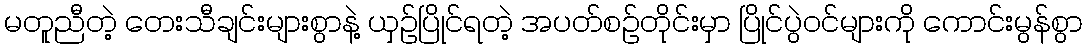
မတူညီတဲ့ တေးသီချင်းများစွာနဲ့ ယှဉ်ပြိုင်ရတဲ့ အပတ်စဉ်တိုင်းမှာ ပြိုင်ပွဲဝင်များကို ကောင်းမွန်စွာ